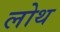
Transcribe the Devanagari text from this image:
लोथ